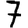
Digit: 7